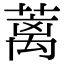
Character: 蓠